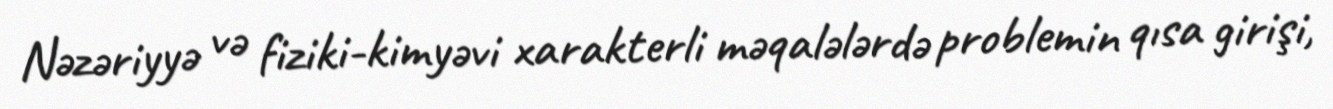
Nəzəriyyə və fiziki-kimyəvi xarakterli məqalələrdə problemin qısa girişi,